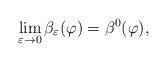
LaTeX: \begin{align*} \lim_{\varepsilon \rightarrow 0} \beta_{\varepsilon}(\varphi) = \beta^0(\varphi), \end{align*}